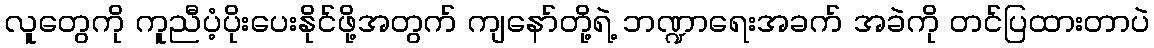
လူတွေကို ကူညီပံ့ပိုးပေးနိုင်ဖို့အတွက် ကျနော်တို့ရဲ့ ဘဏ္ဍာရေးအခက် အခဲကို တင်ပြထားတာပဲ